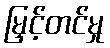
မြှင့်တင်မှု